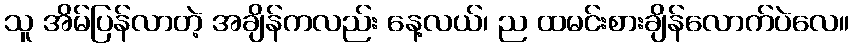
သူ အိမ်ပြန်လာတဲ့ အချိန်ကလည်း နေ့လယ်၊ ည ထမင်းစားချိန်လောက်ပဲလေ။